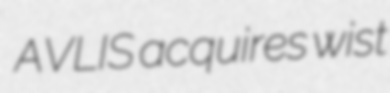
AVLIS acquires wist